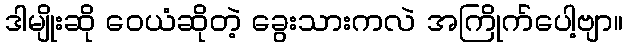
ဒါမျိုးဆို ဝေယံဆိုတဲ့ ခွေးသားကလဲ အကြိုက်ပေါ့ဗျာ။